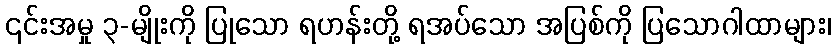
၎င်းအမှု ၃-မျိုးကို ပြုသော ရဟန်းတို့ ရအပ်သော အပြစ်ကို ပြသောဂါထာများ၊